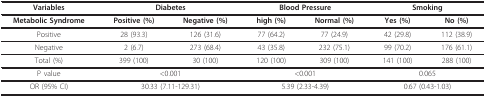
<table><thead><tr><td><b>Variables</b></td><td colspan="2"><b>Diabetes</b></td><td colspan="2"><b>Blood Pressure</b></td><td colspan="2"><b>Smoking</b></td></tr></thead><tbody><tr><td><b>Metabolic Syndrome</b></td><td><b>Positive (%)</b></td><td><b>Negative (%)</b></td><td><b>high (%)</b></td><td><b>Normal (%)</b></td><td><b>Yes (%)</b></td><td><b>No (%)</b></td></tr><tr><td>Positive</td><td>28 (93.3)</td><td>126 (31.6)</td><td>77 (64.2)</td><td>77 (24.9)</td><td>42 (29.8)</td><td>112 (38.9)</td></tr><tr><td>Negative</td><td>2 (6.7)</td><td>273 (68.4)</td><td>43 (35.8)</td><td>232 (75.1)</td><td>99 (70.2)</td><td>176 (61.1)</td></tr><tr><td>Total (%)</td><td>399 (100)</td><td>30 (100)</td><td>120 (100)</td><td>309 (100)</td><td>141 (100)</td><td>288 (100)</td></tr><tr><td>P value</td><td colspan="2">&lt;0.001</td><td colspan="2">&lt;0.001</td><td colspan="2">0.065</td></tr><tr><td>OR (95% CI)</td><td colspan="2">30.33 (7.11-129.31)</td><td colspan="2">5.39 (2.33-4.39)</td><td colspan="2">0.67 (0.43-1.03)</td></tr></tbody></table>